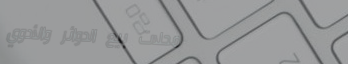
محلات بيع الدوائر والأدوي